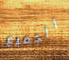
الجميع